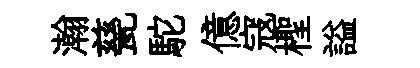
瀚甆駝億寇檉謚